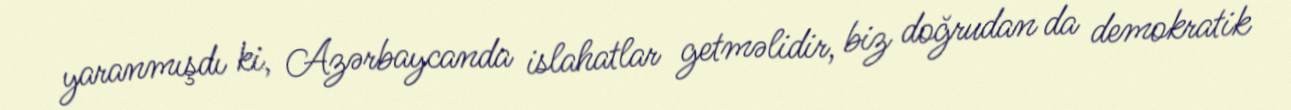
yaranmışdı ki, Azərbaycanda islahatlar getməlidir, biz doğrudan da demokratik